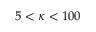
5 < \kappa < 1 0 0